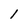
Character: 1